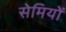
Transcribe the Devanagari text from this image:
सेमियों